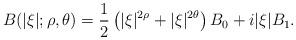
LaTeX: \begin{align*}B(|\xi|;\rho,\theta)=\frac{1}{2}\left(|\xi|^{2\rho}+|\xi|^{2\theta}\right)B_0+i|\xi|B_1.\end{align*}